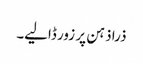
ذرا ذہن پر زور ڈالیے۔